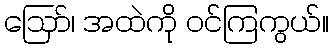
ဪ၊ အထဲကို ဝင်ကြကွယ်။